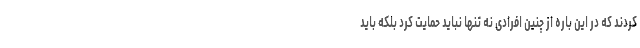
کردند که در این باره از چنین افرادی نه تنها نباید حمایت کرد بلکه باید